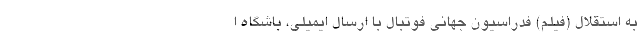
به استقلال (فیلم) فدراسیون جهانی فوتبال با ارسال ایمیلی، باشگاه ا